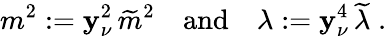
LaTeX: m^{2}:=\mathbf{y}_{\nu}^{2}\, \widetilde{m}^{2}\quad\mathrm{{and}}\quad\lambda:=\mathbf{y}_{\nu}^{4}\, \widetilde{\lambda}\; .